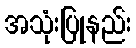
အသုံးပြုနည်း